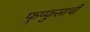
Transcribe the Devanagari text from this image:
फुप्फुसाची